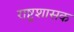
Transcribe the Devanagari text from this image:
राष्ट्रशासक